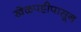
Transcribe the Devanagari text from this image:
खेळपट्टीपासून